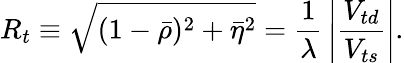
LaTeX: R_{t}\equiv\sqrt{(1-\bar{\rho})^{2}+\bar{\eta}^{2}}={\frac{1}{\lambda}}\left|{\frac{V_{td}}{V_{ts}}}\right|.